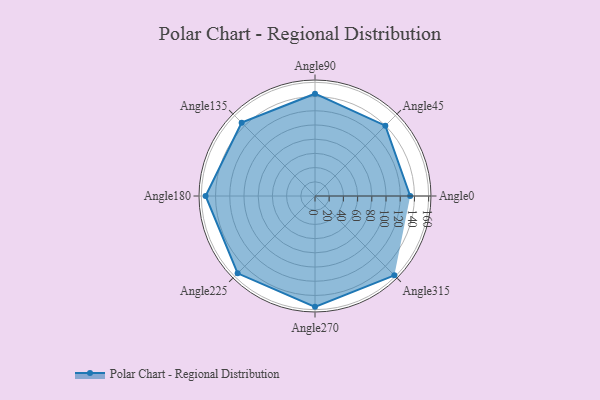
{"axis": {"x": "Angle", "y": "Radius"}, "legend": [""], "data": [{"x": "Angle0", "y": 134.0, "type": ""}, {"x": "Angle45", "y": 140.0, "type": ""}, {"x": "Angle90", "y": 144.0, "type": ""}, {"x": "Angle135", "y": 146.0, "type": ""}, {"x": "Angle180", "y": 154.0, "type": ""}, {"x": "Angle225", "y": 154.0, "type": ""}, {"x": "Angle270", "y": 156.0, "type": ""}, {"x": "Angle315", "y": 158.0, "type": ""}]}